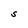
Character: S